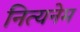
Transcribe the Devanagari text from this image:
नित्यनेम